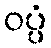
ဝပ္ပံ